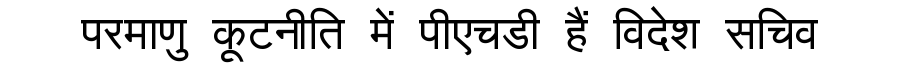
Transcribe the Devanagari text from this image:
परमाणु कूटनीति में पीएचडी हैं विदेश सचिव